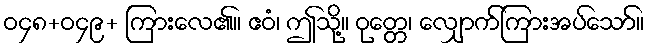
ဝ၄၈+ဝ၄၉+ ကြားလေ၏။ ဧဝံ၊ ဤသို့။ ဝုတ္တေ၊ လျှောက်ကြားအပ်သော်။